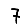
Digit: 7